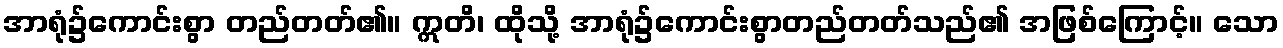
အာရုံ၌ကောင်းစွာ တည်တတ်၏။ ဣတိ၊ ထိုသို့ အာရုံ၌ကောင်းစွာတည်တတ်သည်၏ အဖြစ်ကြောင့်။ သော